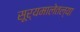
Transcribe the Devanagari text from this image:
सूर्यमालेतल्या